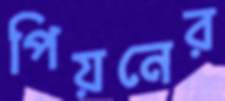
পিয়নের